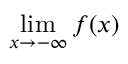
\operatorname* { l i m } _ { x \to - \infty } { f ( x ) }